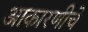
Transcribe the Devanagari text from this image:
आकारणीचे